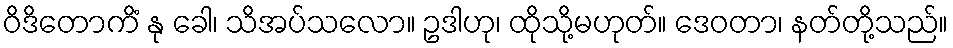
ဝိဒိတောကိံ နု ခေါ၊ သိအပ်သလော။ ဥဒါဟု၊ ထိုသို့မဟုတ်။ ဒေဝတာ၊ နတ်တို့သည်။